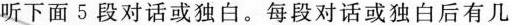
听下面5段对话或独白。每段对话或独白后有几